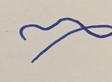
Signature authenticity: forged